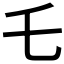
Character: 乇